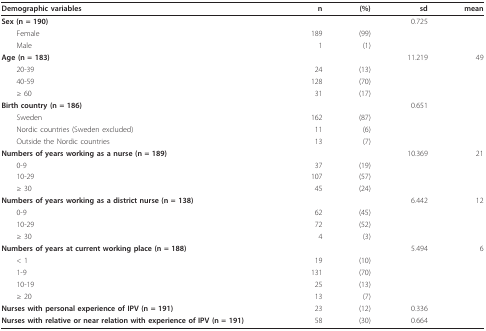
<table><thead><tr><td><b>Demographic variables</b></td><td><b>n</b></td><td><b>(%)</b></td><td><b>sd</b></td><td><b>mean</b></td></tr></thead><tbody><tr><td><b>Sex (n = 190)</b></td><td></td><td></td><td>0.725</td><td></td></tr><tr><td> Female</td><td>189</td><td>(99)</td><td></td><td></td></tr><tr><td> Male</td><td>1</td><td>(1)</td><td></td><td></td></tr><tr><td><b>Age (n = 183)</b></td><td></td><td></td><td>11.219</td><td>49</td></tr><tr><td> 20-39</td><td>24</td><td>(13)</td><td></td><td></td></tr><tr><td> 40-59</td><td>128</td><td>(70)</td><td></td><td></td></tr><tr><td> ≥ 60</td><td>31</td><td>(17)</td><td></td><td></td></tr><tr><td><b>Birth country (n = 186)</b></td><td></td><td></td><td>0.651</td><td></td></tr><tr><td> Sweden</td><td>162</td><td>(87)</td><td></td><td></td></tr><tr><td> Nordic countries (Sweden excluded)</td><td>11</td><td>(6)</td><td></td><td></td></tr><tr><td> Outside the Nordic countries</td><td>13</td><td>(7)</td><td></td><td></td></tr><tr><td><b>Numbers of years working as a nurse (n = 189)</b></td><td></td><td></td><td>10.369</td><td>21</td></tr><tr><td> 0-9</td><td>37</td><td>(19)</td><td></td><td></td></tr><tr><td> 10-29</td><td>107</td><td>(57)</td><td></td><td></td></tr><tr><td> ≥ 30</td><td>45</td><td>(24)</td><td></td><td></td></tr><tr><td><b>Numbers of years working as a district nurse (n = 138)</b></td><td></td><td></td><td>6.442</td><td>12</td></tr><tr><td> 0-9</td><td>62</td><td>(45)</td><td></td><td></td></tr><tr><td> 10-29</td><td>72</td><td>(52)</td><td></td><td></td></tr><tr><td> ≥ 30</td><td>4</td><td>(3)</td><td></td><td></td></tr><tr><td><b>Numbers of years at current working place (n = 188)</b></td><td></td><td></td><td>5.494</td><td>6</td></tr><tr><td> &lt; 1</td><td>19</td><td>(10)</td><td></td><td></td></tr><tr><td> 1-9</td><td>131</td><td>(70)</td><td></td><td></td></tr><tr><td> 10-19</td><td>25</td><td>(13)</td><td></td><td></td></tr><tr><td> ≥ 20</td><td>13</td><td>(7)</td><td></td><td></td></tr><tr><td><b>Nurses with personal experience of IPV (n = 191)</b></td><td>23</td><td>(12)</td><td>0.336</td><td></td></tr><tr><td><b>Nurses with relative or near relation with experience of IPV (n = 191)</b></td><td>58</td><td>(30)</td><td>0.664</td><td></td></tr></tbody></table>